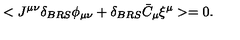
< J ^ { \mu \nu } \delta _ { B R S } \phi _ { \mu \nu } + \delta _ { B R S } \bar { C } _ { \mu } \xi ^ { \mu } > = 0 .